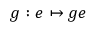
g : e \mapsto g e